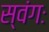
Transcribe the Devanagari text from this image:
स्वंगः